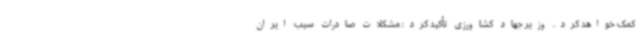
کمک خواهد کرد. وزیر جهاد کشاورزی تأکید کرد: مشکلات صادرات سیب ایران